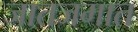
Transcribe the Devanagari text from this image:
जातजमात